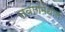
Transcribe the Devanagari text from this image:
तवांगमधील